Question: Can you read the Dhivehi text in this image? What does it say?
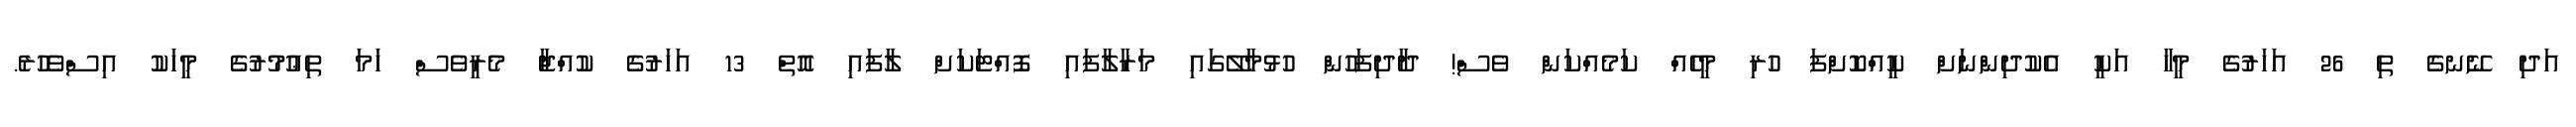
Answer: އަދި ނޭނގެ ތި 26 އަހަރުގެ މީހާ އަކީ އެކުދިންނަށް ކީއްކޮށްފަ ހުރި މީހެއް ކަމެއްކަން ވެސް! ދާދިފަހުން ހުޅުމާލޭގައި މަރާލާފައި ފޮއްޓަކަށް ލާފައި އޮތް 13 އަހަރުގެ ކުއްޖާ މެރީވެސް ހަމަ ތިޢުމުރުގެ މީހަކު އިސްވެހުރެ.